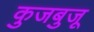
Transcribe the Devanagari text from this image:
कुजबुजू